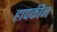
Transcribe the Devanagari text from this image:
हापकीन